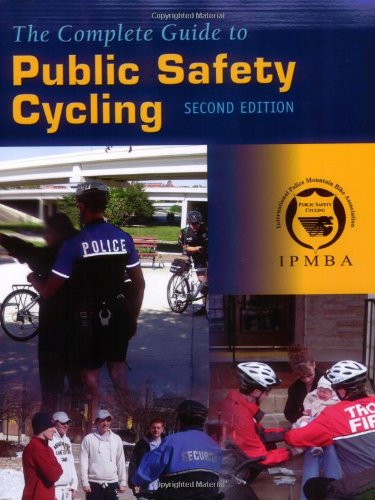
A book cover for The Complete Guide to Public Safety Cycling; International Police Mountain Bike Association (IPMBA); Law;